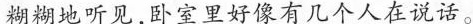
糊糊地听见，卧室里好像有几个人在说话